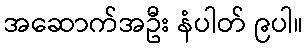
အဆောက်အဦး နံပါတ် ၉ပါ။